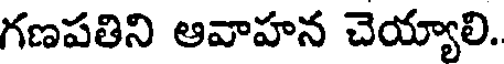
గణపతిని ఆవాహన చెయ్యాలి.